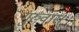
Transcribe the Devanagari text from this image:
गुरुवार।